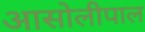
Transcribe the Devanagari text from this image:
आसोलीपाल